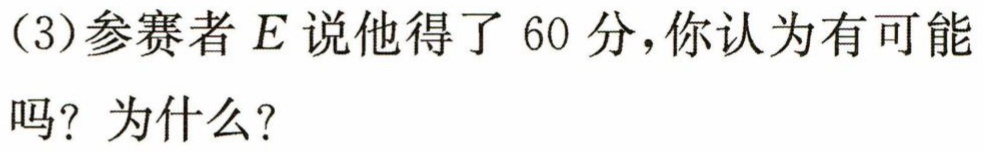
(3)参赛者\(E\)说他得了\(60\)分，你认为有可能吗？为什么？